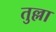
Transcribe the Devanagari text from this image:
तुल्ला